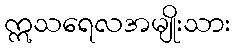
ဣသရေလအမျိုးသား